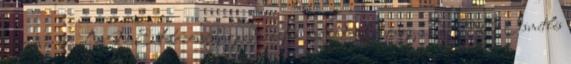
novenber 9. BME Közösségi gazdaságtan Andor György. BME Ismétlés